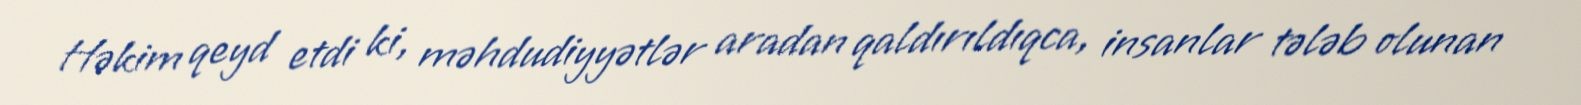
Həkim qeyd etdi ki, məhdudiyyətlər aradan qaldırıldıqca, insanlar tələb olunan